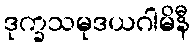
ဒုက္ခသမုဒယဂါမိနီ